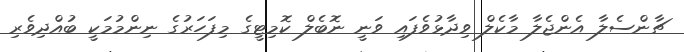
ޗާންސެލާ އެންޖެލާ މާކެލް ވިދާޅުވެފައި ވަނީ ނޮބެލް ކޮމިޓީގެ މިފަހަރުގެ ނިންމުމަކީ ބުއްދިވެރި